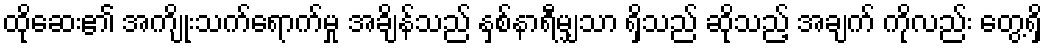
ထိုဆေး၏ အကျိုးသက်ရောက်မှု အချိန်သည် နှစ်နာရီမျှသာ ရှိသည် ဆိုသည့် အချက် ကိုလည်း တွေ့ရှိ